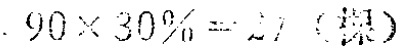
\(90\times30\% = 27\)（棵）